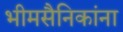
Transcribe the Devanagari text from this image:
भीमसैनिकांना